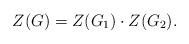
LaTeX: \begin{align*} Z(G)=Z(G_1)\cdot Z(G_2).\end{align*}